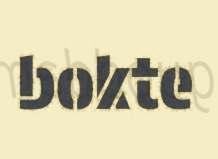
bokte